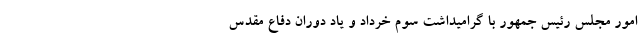
امور مجلس رئیس جمهور با گرامیداشت سوم خرداد و یاد دوران دفاع مقدس